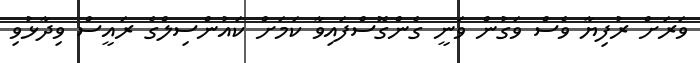
ވަރަށް ރުފިޔާ ވެސް ވަގުން ވަނީ ގެންގޮސްފައިވާ ކަމަށް ކައުންސިލްގެ ރައީސް ވިދާޅުވި